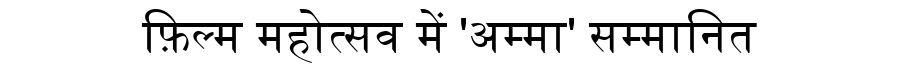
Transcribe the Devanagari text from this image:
फ़िल्म महोत्सव में 'अम्मा' सम्मानित